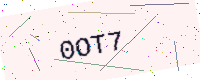
Text: 0OT7